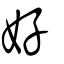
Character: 好